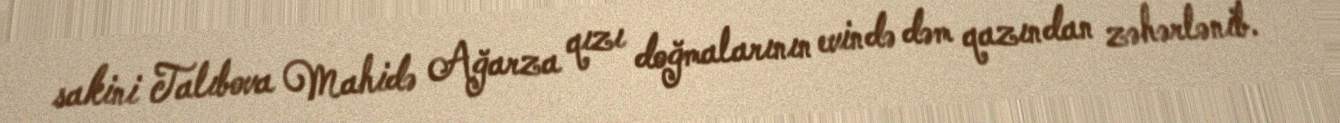
sakini Talıbova Mahidə Ağarza qızı doğmalarının evində dəm qazından zəhərlənib.